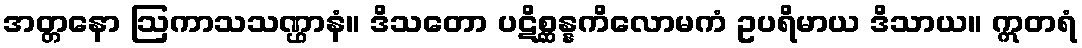
အတ္တနော ဩကာသသဏ္ဌာနံ။ ဒိသတော ပဋိစ္ဆန္နကိလောမကံ ဥပရိမာယ ဒိသာယ။ ဣတရံ